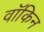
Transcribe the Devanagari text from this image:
वॉकिन